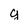
Character: g